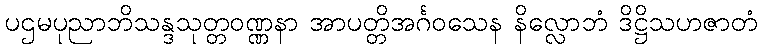
ပဌမပုညာဘိသန္ဒသုတ္တဝဏ္ဏနာ အာပတ္တိအင်္ဂဝသေန နိလ္လောဘံ ဒိဋ္ဌိသဟဇာတံ